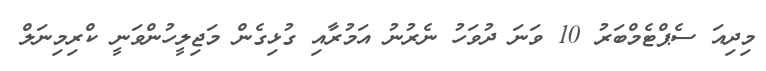
މިދިއަ ސެޕްޓެމްބަރު 10 ވަނަ ދުވަހު ނެރުނު އަމުރާއި ގުޅިގެން މަޖިލީހުންވަނީ ކްރިމިނަލް